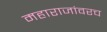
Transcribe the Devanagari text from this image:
महाराजांवरच